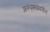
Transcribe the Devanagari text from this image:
अस्पृश्यांवरील